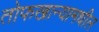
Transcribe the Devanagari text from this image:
तोफखान्यामधील